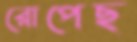
রোপেছ